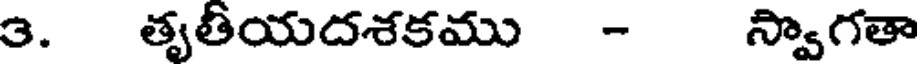
3. తృతీయదశకము - స్వాగతా